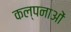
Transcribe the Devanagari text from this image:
कल्‍पनाओं